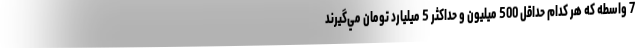
7 واسطه كه هر كدام حداقل 500 ميليون و حداكثر 5 ميليارد تومان مي‌گيرند